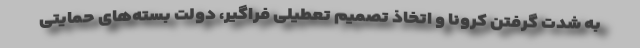
به شدت گرفتن کرونا و اتخاذ تصمیم تعطیلی فراگیر، دولت بسته‌های حمایتی